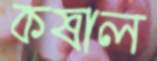
কষাল